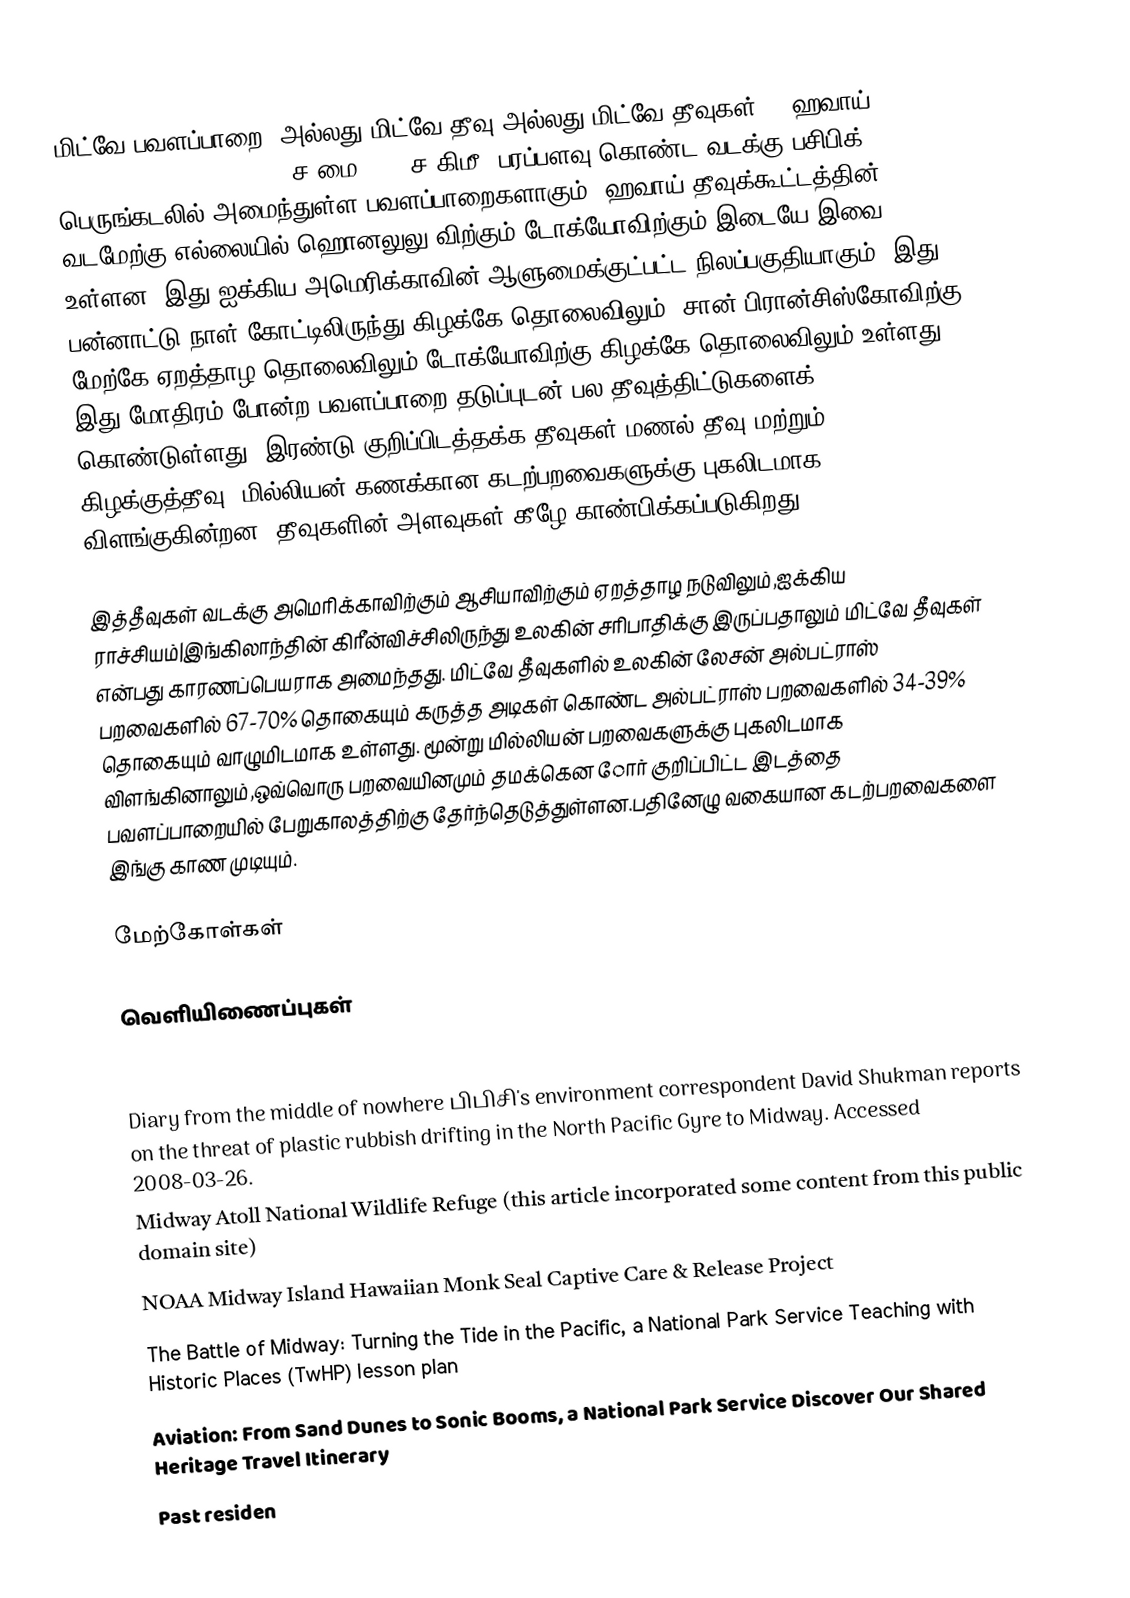
மிட்வே பவளப்பாறை (அல்லது மிட்வே தீவு அல்லது மிட்வே தீவுகள், ; ஹவாய்: Pihemanu Kauihelani ) 2.4 ச.மை (6.2 ச.கிமீ) பரப்பளவு கொண்ட வடக்கு பசிபிக் பெருங்கடலில் அமைந்துள்ள பவளப்பாறைகளாகும். ஹவாய் தீவுக்கூட்டத்தின் வடமேற்கு எல்லையில் ஹொனலுலு விற்கும் டோக்யோவிற்கும் இடையே இவை உள்ளன. இது ஐக்கிய அமெரிக்காவின் ஆளுமைக்குட்பட்ட நிலப்பகுதியாகும். இது பன்னாட்டு நாள் கோட்டிலிருந்து கிழக்கே  தொலைவிலும், சான் பிரான்சிஸ்கோவிற்கு மேற்கே ஏறத்தாழ  தொலைவிலும்,டோக்யோவிற்கு கிழக்கே  தொலைவிலும் உள்ளது. இது மோதிரம் போன்ற பவளப்பாறை தடுப்புடன் பல தீவுத்திட்டுகளைக் கொண்டுள்ளது. இரண்டு குறிப்பிடத்தக்க தீவுகள்,மணல் தீவு மற்றும் கிழக்குத்தீவு, மில்லியன் கணக்கான கடற்பறவைகளுக்கு புகலிடமாக விளங்குகின்றன. தீவுகளின் அளவுகள் கீழே காண்பிக்கப்படுகிறது:

இத்தீவுகள் வடக்கு அமெரிக்காவிற்கும் ஆசியாவிற்கும் ஏறத்தாழ நடுவிலும்,ஐக்கிய ராச்சியம்|இங்கிலாந்தின் கிரீன்விச்சிலிருந்து உலகின் சரிபாதிக்கு இருப்பதாலும் மிட்வே தீவுகள் என்பது காரணப்பெயராக அமைந்தது. மிட்வே தீவுகளில் உலகின் லேசன் அல்பட்ராஸ் பறவைகளில் 67-70% தொகையும் கருத்த அடிகள் கொண்ட அல்பட்ராஸ் பறவைகளில் 34-39% தொகையும் வாழுமிடமாக உள்ளது. மூன்று மில்லியன் பறவைகளுக்கு புகலிடமாக விளங்கினாலும்,ஒவ்வொரு பறவையினமும் தமக்கென ோர் குறிப்பிட்ட இடத்தை பவளப்பாறையில் பேறுகாலத்திற்கு தேர்ந்தெடுத்துள்ளன.பதினேழு வகையான கடற்பறவைகளை இங்கு காண முடியும்.

மேற்கோள்கள்

வெளியிணைப்புகள்

 AirNav – Henderson Field Airport : Airport facilities and navigational aids.
 Diary from the middle of nowhere பிபிசி's environment correspondent David Shukman reports on the threat of plastic rubbish drifting in the North Pacific Gyre to Midway. Accessed 2008-03-26.
 Midway Atoll National Wildlife Refuge  (this article incorporated some content from this public domain site)
 NOAA Midway Island Hawaiian Monk Seal Captive Care & Release Project
 The Battle of Midway: Turning the Tide in the Pacific, a National Park Service Teaching with Historic Places (TwHP) lesson plan
 Aviation: From Sand Dunes to Sonic Booms, a National Park Service Discover Our Shared Heritage Travel Itinerary
 Past residen